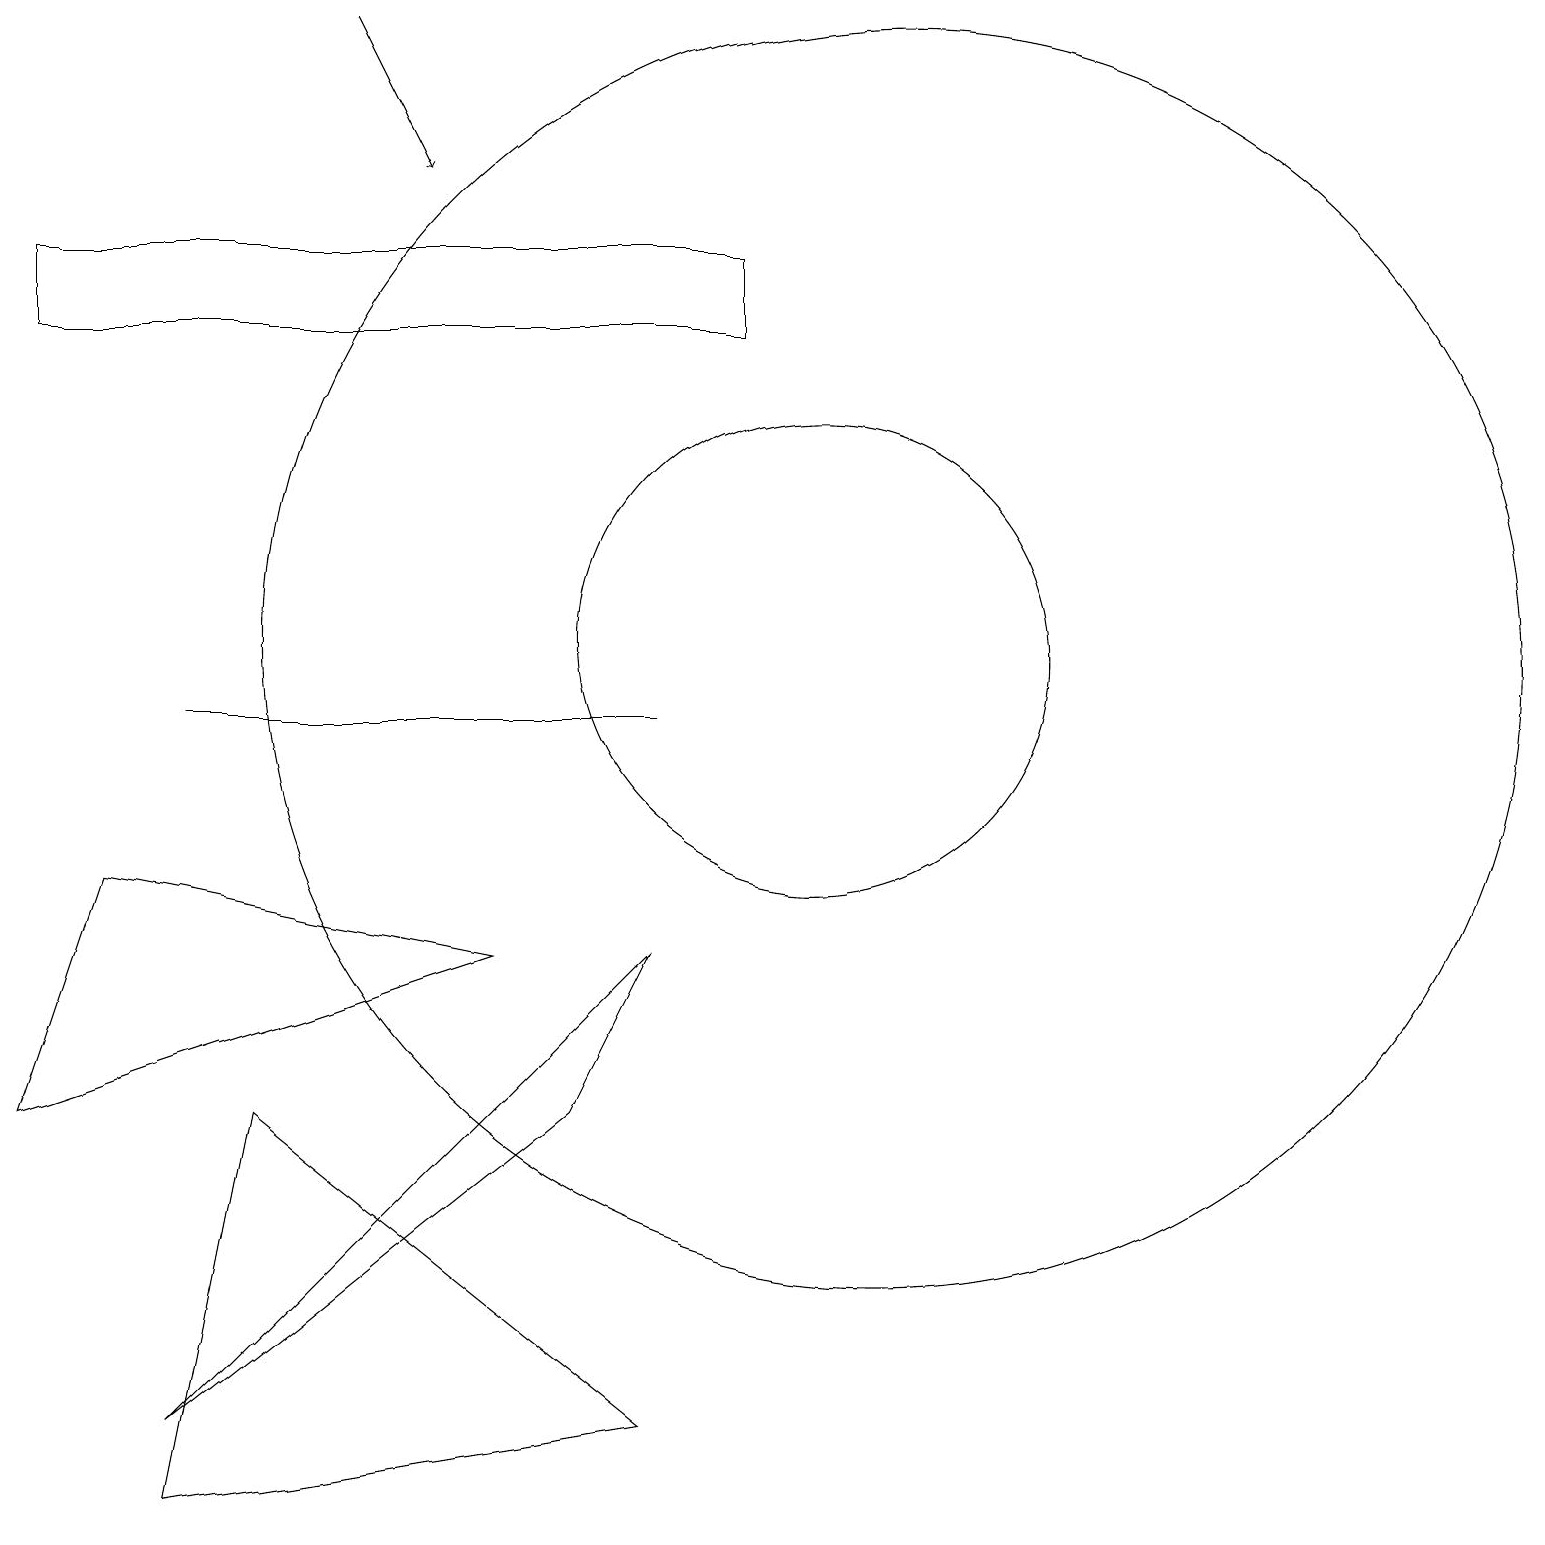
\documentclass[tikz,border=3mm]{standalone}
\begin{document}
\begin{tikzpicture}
\draw (6,7) -- (1,8) -- (0,5) -- cycle;
\draw (3,5) -- (2,0) -- (8,1) -- cycle;
\draw (8,10) rectangle (2,10);
\draw (10,11) circle (3);
\draw (2,1) -- (8,7) -- (7,5) -- cycle;
\draw (11,11) circle (8);
\draw (0,16) rectangle (9,15);
\draw[->] (4,19) -- (5,17);
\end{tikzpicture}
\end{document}